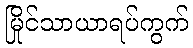
မြိုင်သာယာရပ်ကွက်